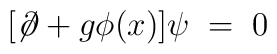
[\not\!\partial + g \phi(x) ] \psi \;=\;0